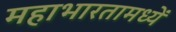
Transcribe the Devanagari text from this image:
महाभारतामध्यें